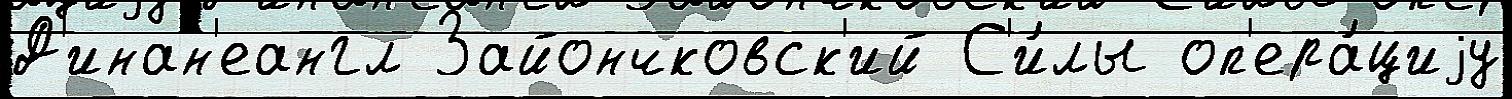
Д'инан'еангл Зайончковск'ий С'и́лы оп'ера́циjу